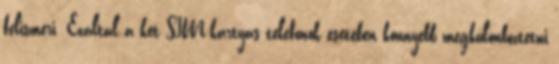
felismeri. Ezáltal a két SIM-kártyás telefonok esetében könnyebb megkülönböztetni